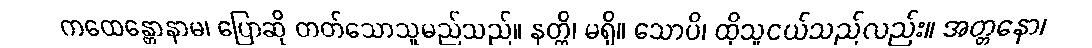
ကထေန္တောနာမ၊ ပြောဆို တတ်သောသူမည်သည်။ နတ္တိ၊ မရှိ။ သောပိ၊ ထိုသူငယ်သည်လည်း။ အတ္တနော၊